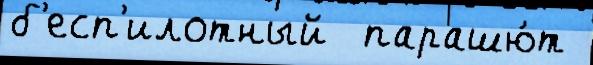
б'есп'илотный  парашю́т